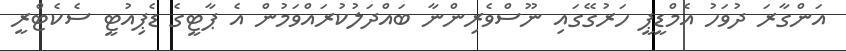
އަންގާރަ ދުވަހު އެމްޑީޕީ ހަރުގޭގައި ނޫސްވެރިންނާ ބައްދަލުކުރައްވަމުން އެ ޕާޓީގެ ޑެޕިއުޓީ ސެކެޓްރީ